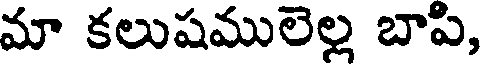
మా కలుషములెల్ల బాపి,